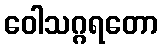
ဝေါသဂ္ဂရတော